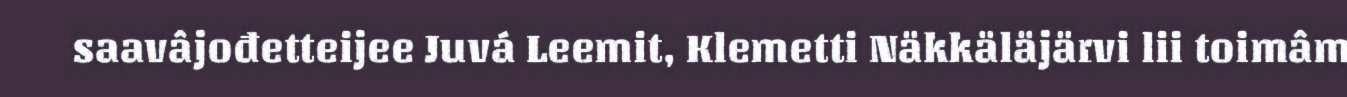
saavâjođetteijee Juvá Leemit, Klemetti Näkkäläjärvi lii toimâm